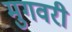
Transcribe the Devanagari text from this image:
मुगवरी